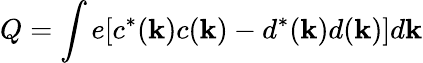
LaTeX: Q=\int e[c^{\ast}({\mathbf k})c({\mathbf k})-d^{\ast}({\mathbf k})d({\mathbf k})]d{\mathbf k}